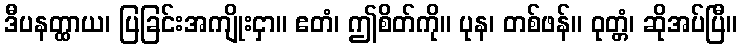
ဒီပနတ္ထာယ၊ ပြခြင်းအကျိုးငှာ။ ဧတံ၊ ဤစိတ်ကို။ ပုန၊ တစ်ဖန်။ ဝုတ္တံ၊ ဆိုအပ်ပြီ။